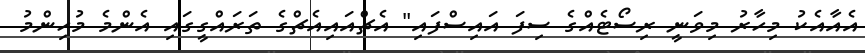
އެއާއެކު މިހާރު މިވަނީ ރިސޯޓެއްގެ ސިފަ އައިސްފައި" އެޗްއައިއެޗްގެ ތަރައްގީގައި އެންމެ މުހިންމު